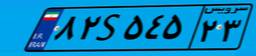
۸۲S۵۴۵۲۳